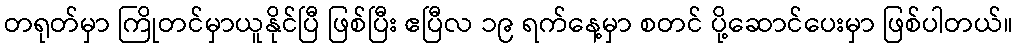
တရုတ်မှာ ကြိုတင်မှာယူနိုင်ပြီ ဖြစ်ပြီး ဧပြီလ ၁၉ ရက်နေ့မှာ စတင် ပို့ဆောင်ပေးမှာ ဖြစ်ပါတယ်။